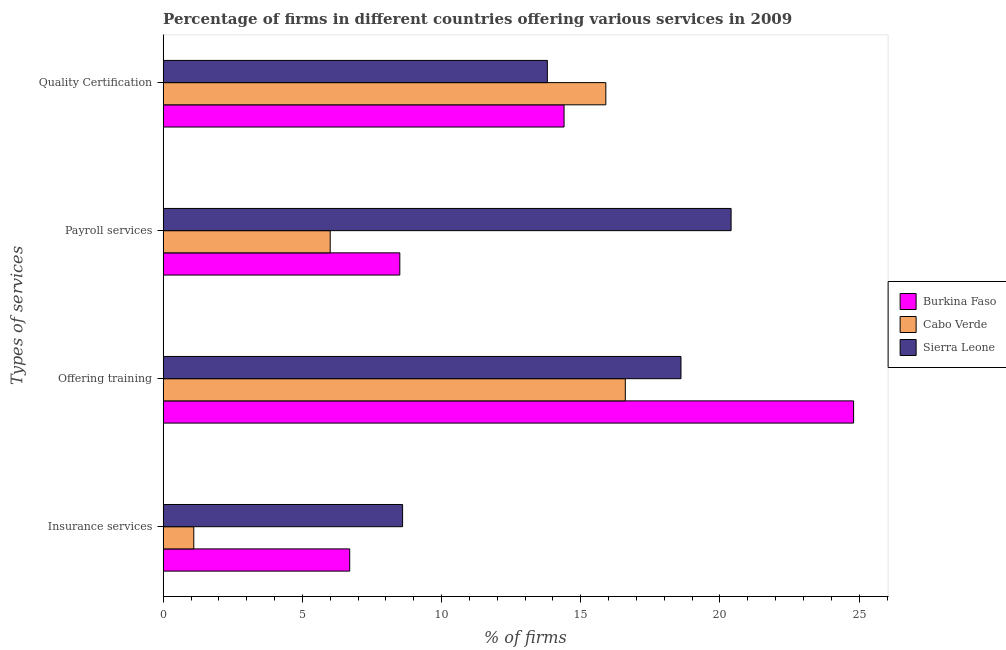
| Types of services | Burkina Faso | Cabo Verde | Sierra Leone |
 | --- | --- | --- | --- |
 | Insurance services | 6.7 | 1.1 | 8.6 |
 | Offering training | 24.8 | 16.6 | 18.6 |
 | Payroll services | 8.5 | 6 | 20.4 |
 | Quality Certification | 14.4 | 15.9 | 13.8 |